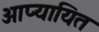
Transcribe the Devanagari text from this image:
आप्यायित